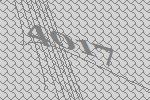
4017